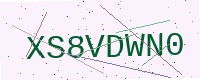
Text: XS8VDWN0